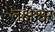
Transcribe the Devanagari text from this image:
तक्षेश्वर